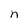
Character: n